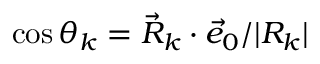
\cos \theta _ { k } = \vec { R } _ { k } \cdot \vec { e } _ { 0 } / | R _ { k } |